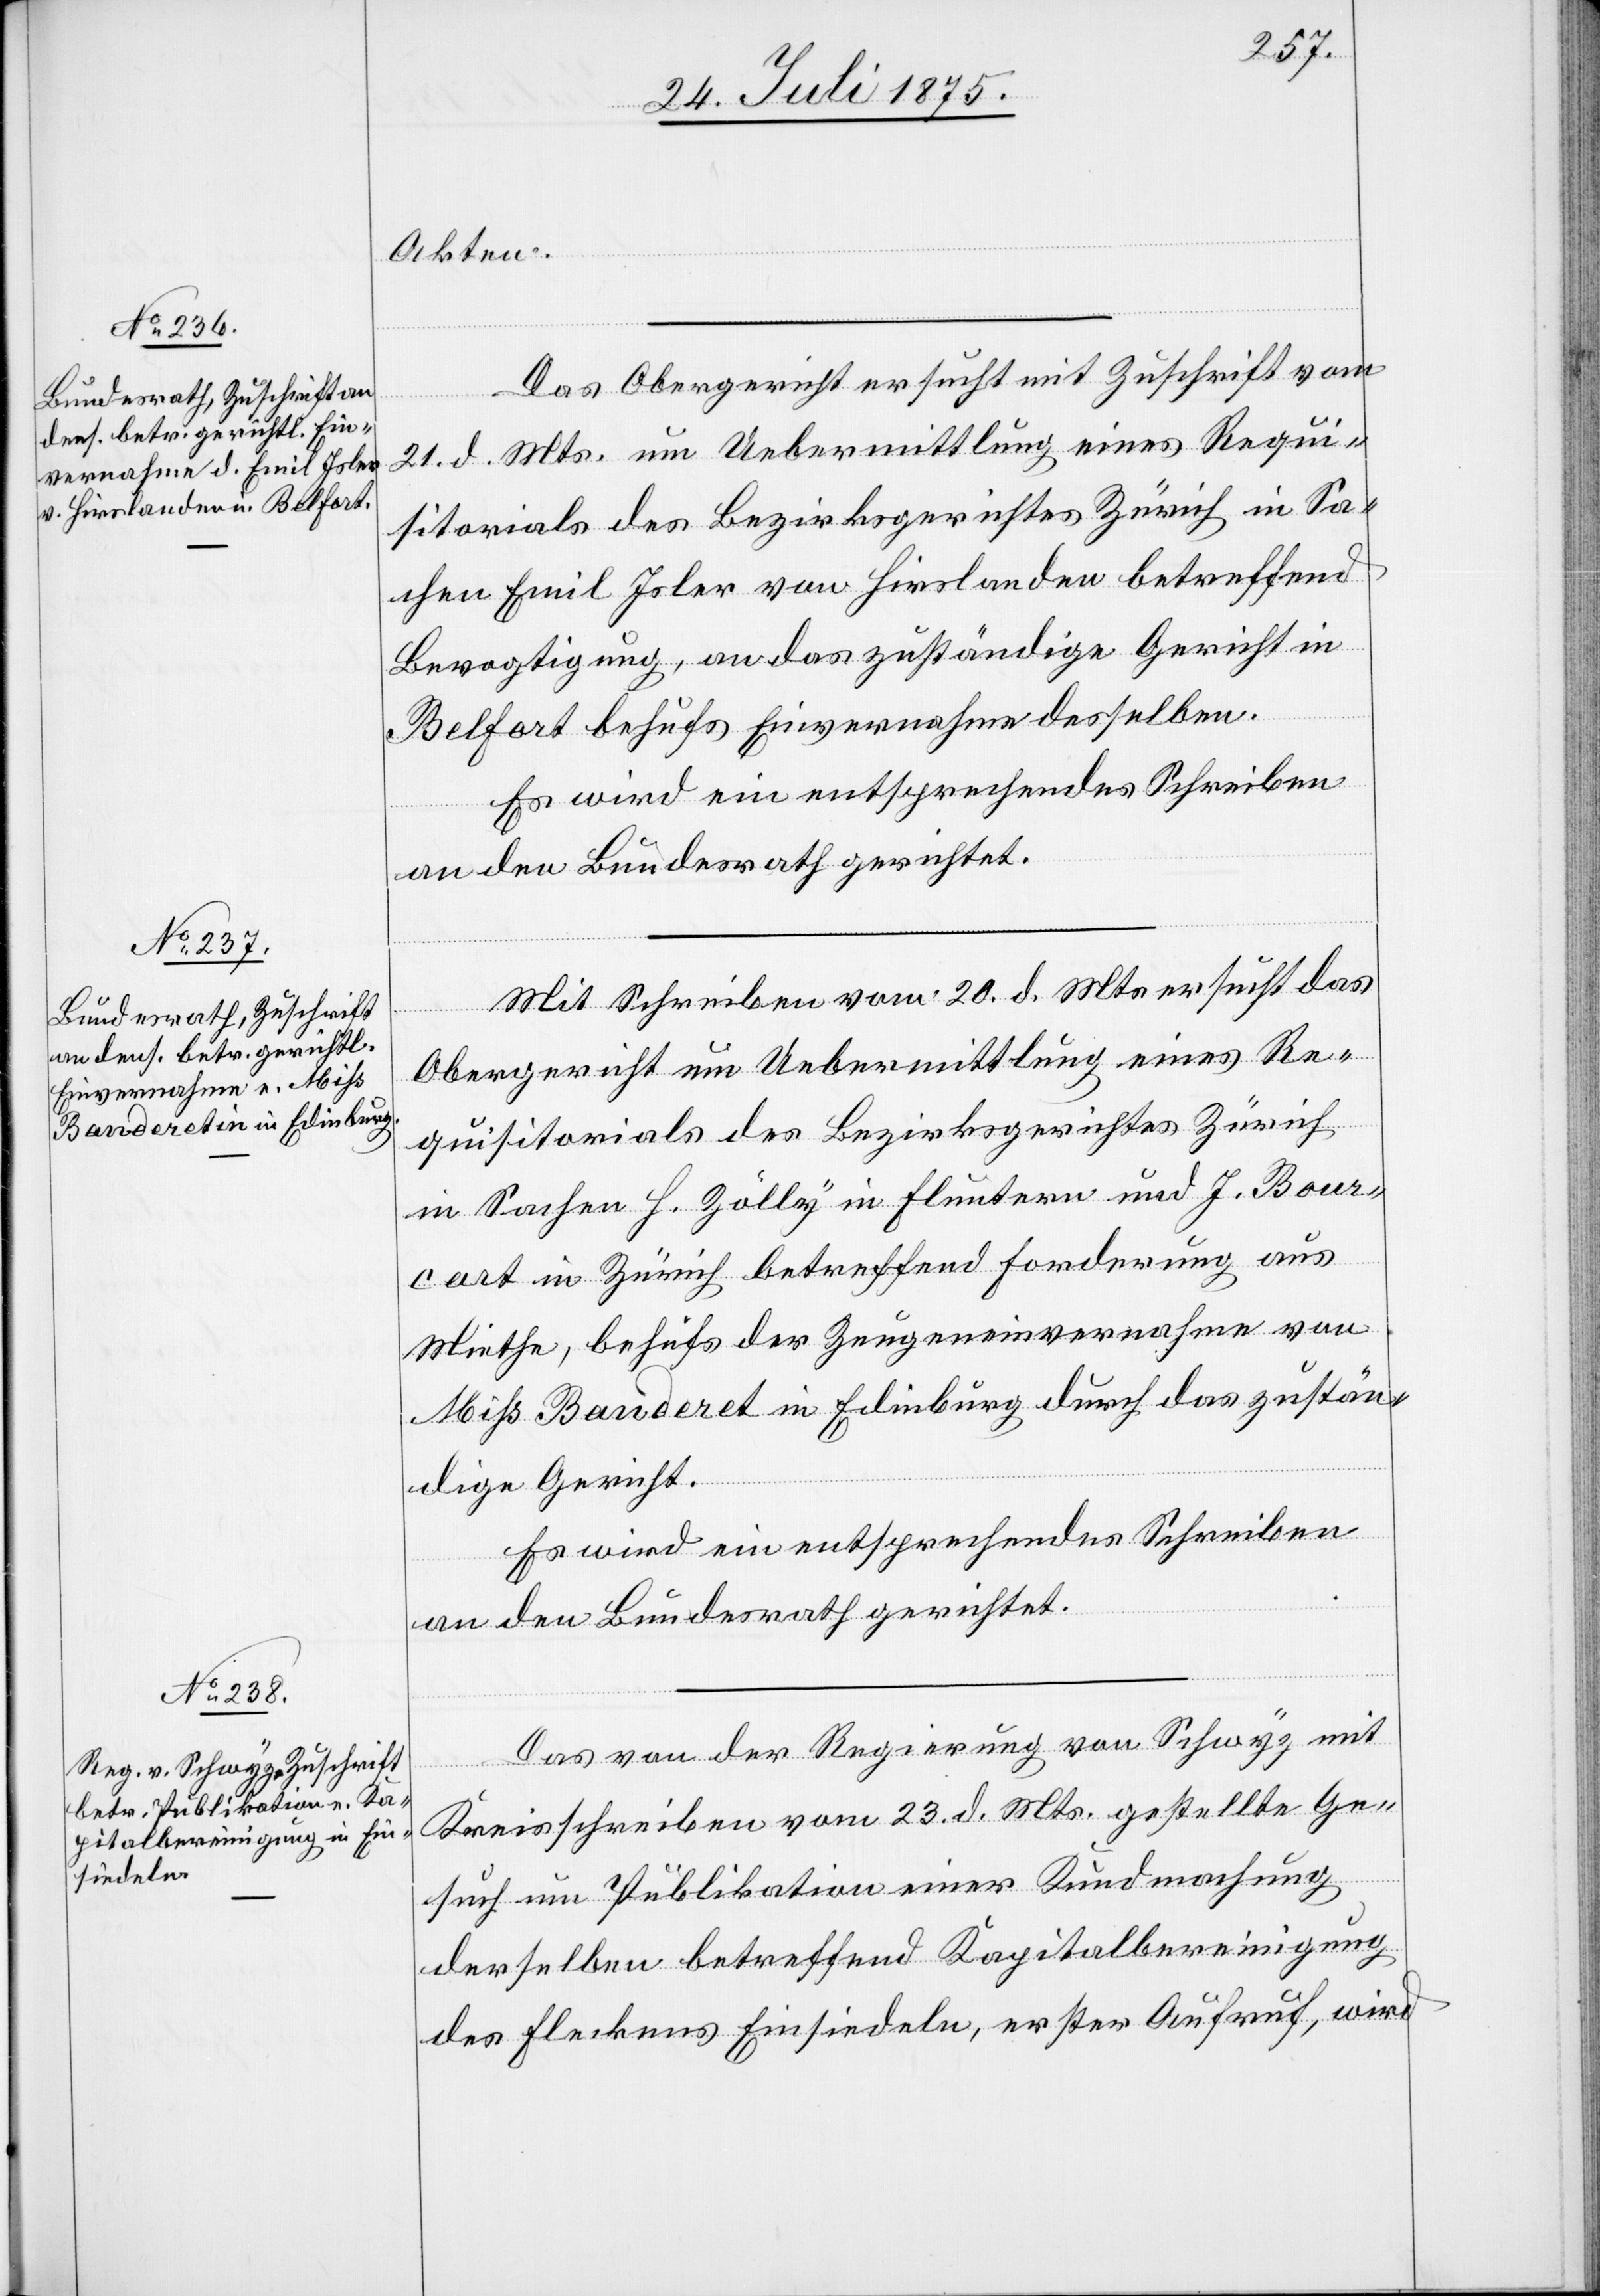
26. Juli 1875.]
Akten.
Das Obergericht ersucht mit Zuschrift vom
21. d. Mts. um Uebermittlung eines Requi¬
sitorial des Bezirksgerichtes Zürich in Sa¬
chen Emil Isler von Hirslanden betreffend
Bevogtigung, an das zuständige Gericht in
Belfast behufs Einvernahme desselben.
Es wird ein entsprechendes Schreiben
an den Bundesrath gerichtet.
Mit Schreiben vom 20. d. Mts. ersucht das
Obergericht um Uebermittlung eines Re¬
quisitorials des Bezirksgerichtes Zürich
in Sachen H. Zölly in Fluntern und J. Bour¬
cart in Zürich betreffend Forderung aus
Miethe, behufs der Zeugeneinvernahme von
Miss Banderet in Edinburg durch das zustän¬
dige Gericht.
Das von der Regierung von Schwyz mit
Kreisschreiben vom 23. d. Mts. gestellte Ge¬
such um Publikation einer Kundmachung
derselben betreffend Kapitalbereinigung
des Fleckens Einsiedeln, erster Aufruf, wird